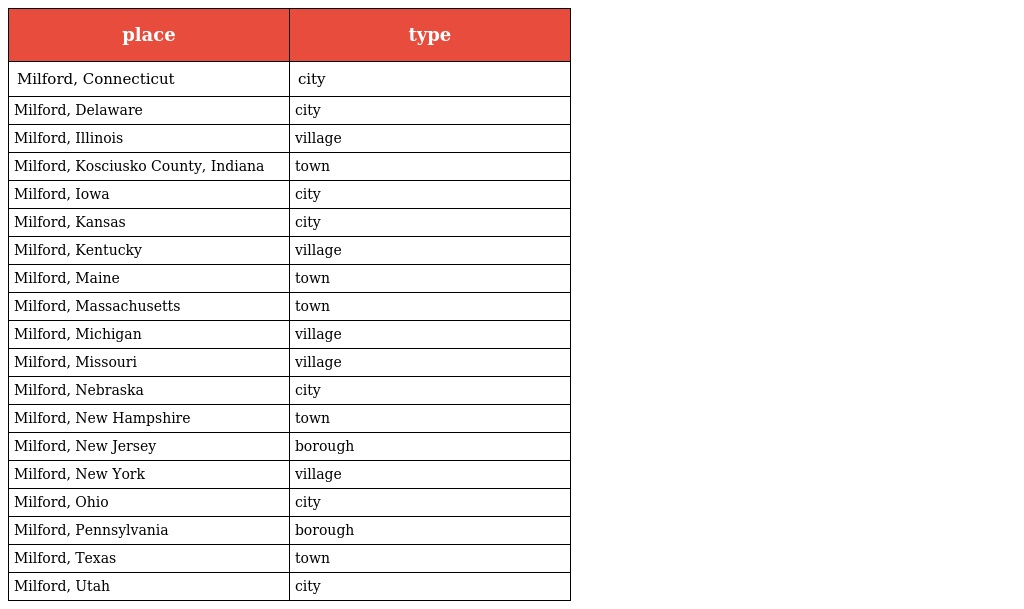
| place | type |
 | --- | --- |
 | Milford, Connecticut | city |
 | Milford, Delaware | city |
 | Milford, Illinois | village |
 | Milford, Kosciusko County, Indiana | town |
 | Milford, Iowa | city |
 | Milford, Kansas | city |
 | Milford, Kentucky | village |
 | Milford, Maine | town |
 | Milford, Massachusetts | town |
 | Milford, Michigan | village |
 | Milford, Missouri | village |
 | Milford, Nebraska | city |
 | Milford, New Hampshire | town |
 | Milford, New Jersey | borough |
 | Milford, New York | village |
 | Milford, Ohio | city |
 | Milford, Pennsylvania | borough |
 | Milford, Texas | town |
 | Milford, Utah | city |